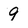
Character: 9